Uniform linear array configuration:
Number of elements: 16
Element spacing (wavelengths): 0.5
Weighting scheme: hann
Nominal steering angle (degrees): -45
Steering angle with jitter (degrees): -45.902
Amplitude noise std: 0.05
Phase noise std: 0.05

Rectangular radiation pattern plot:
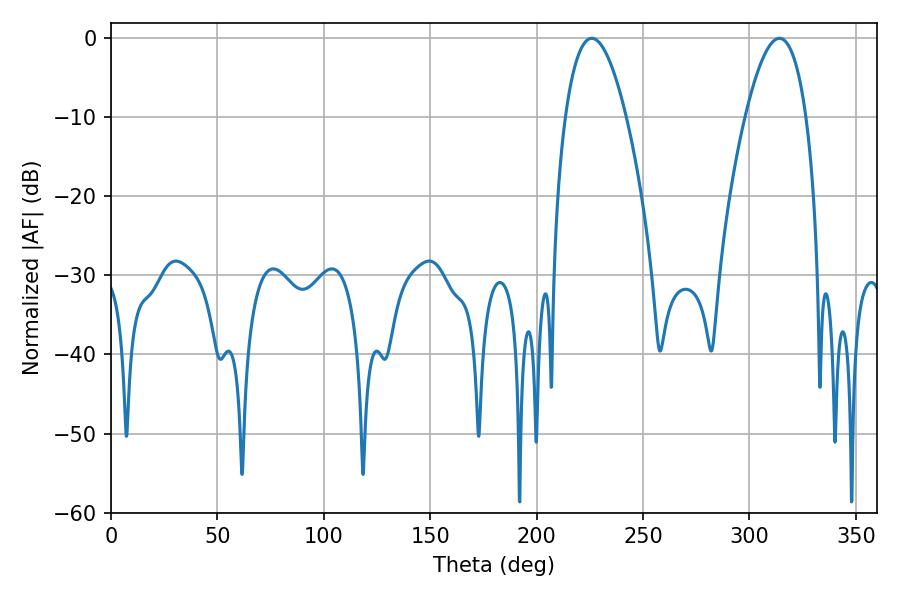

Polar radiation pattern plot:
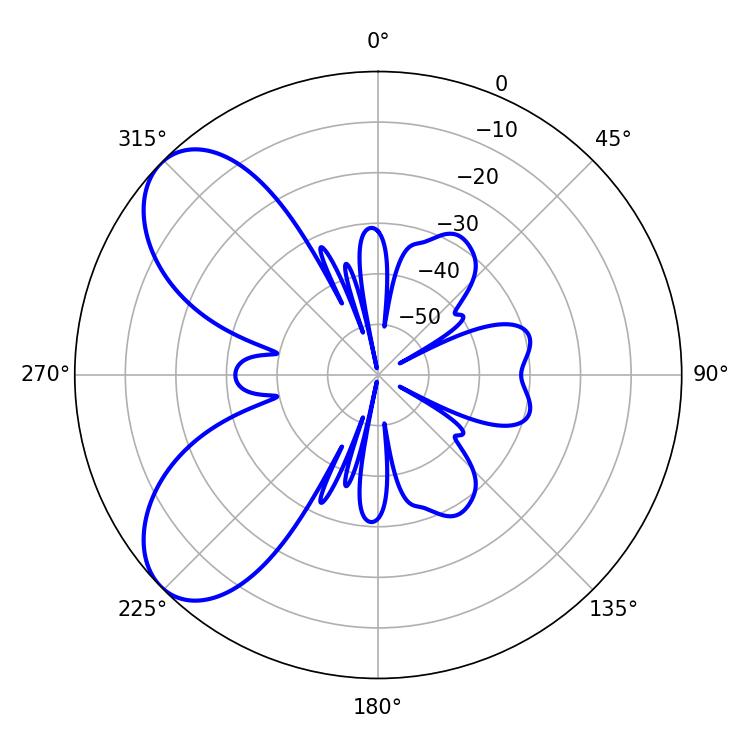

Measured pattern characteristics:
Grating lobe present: FALSE
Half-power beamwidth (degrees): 15.84
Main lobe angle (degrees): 225.9